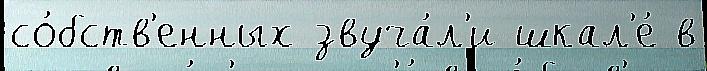
со́бств'енных звуча́л'и шкал'е́ в